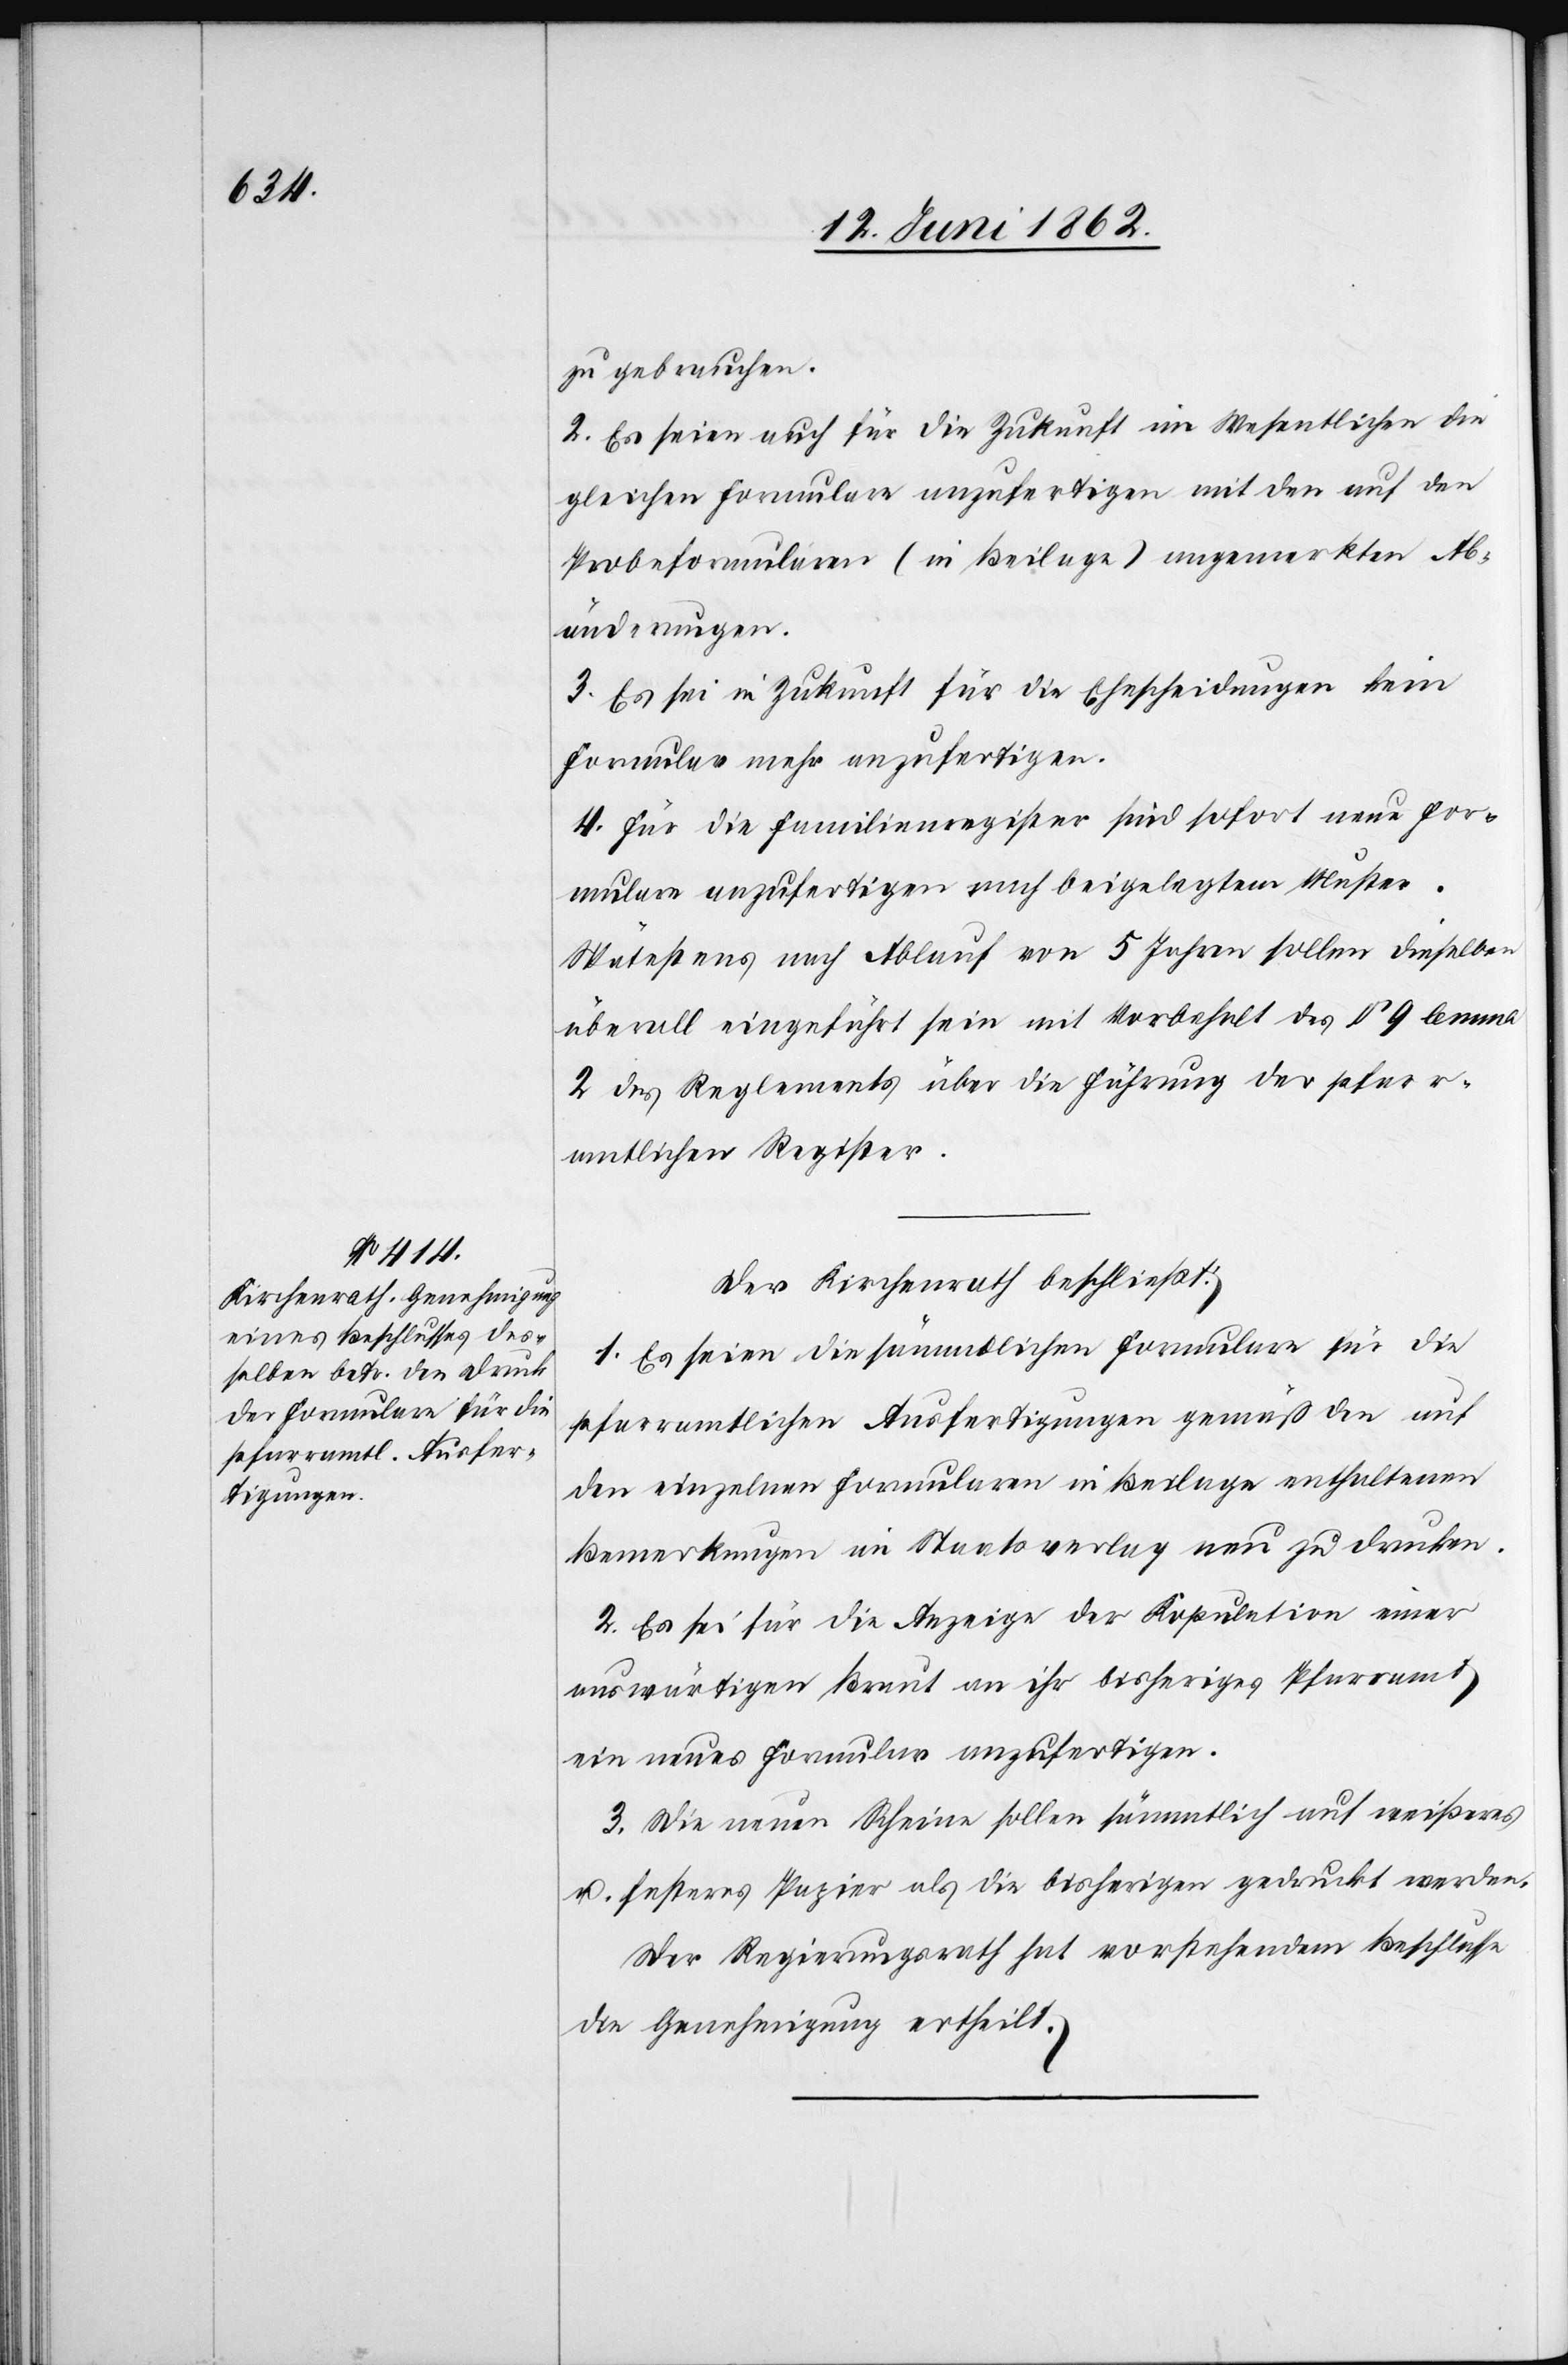
zu gebrauchen.
2. Es seien auch für die Zukunft im Wesentlichen die
gleichen Formulare anzufertigen mit den auf den
Probeformularen (in Beilage) angemerkten Ab¬
änderungen.
3. Es sei in Zukunft für die Ehescheidungen kein
Formular mehr anzufertigen.
4. Für die Familienregister sind sofort neue For¬
mulare anzufertigen nach beigelegtem Muster.
Spätestens nach Ablauf von 5 Jahren sollen dieselben
überall eingeführt sein mit Vorbehalt des § 9 lemma
2 des Reglements über die Führung der pfarr¬
amtlichen Register.
Der Kirchenrath beschließt:
1. Es seien die sämmtlichen Formulare für die
pfarramtlichen Ausfertigungen gemäß den auf
den einzelnen Formularen in Beilage enthaltenen
Bemerkungen im Staatsverlag neu zu drucken.
2. Es sei für die Anzeige der Kopulation einer
auswärtigen Braut an ihr bisheriges Pfarramt
ein neues Formular anzufertigen.
3. Die neuen Scheine sollen sämmtlich auf weißeres
u. festeres Papier als die bisherigen gedruckt werden.
Der Regierungsrath hat vorstehendem Beschlusse
die Genehmigung ertheilt.